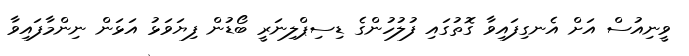
ވީނިއުސް އަށް އެނގިފައިވާ ގޮތުގައި ފުލުހުންގެ ޑިސިޕްލިނަރީ ބޯޑުން ފިޔަވަޅު އަޅަން ނިންމާފައިވާ